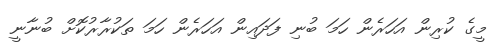
މީގެ ކުރިން އަހަރެން ހަމަ ބުނި ފަދައިން އަހަރެން ހަމަ ތަކުރާރުކޮށް ބުނާނީ